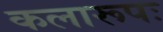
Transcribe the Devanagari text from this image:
कलारूपः